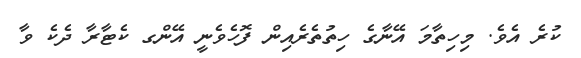
ކުރެ އެވެ. މިހިތާމަ އޭނާގެ ހިތުތެރެއިން ފޮހެވެނީ އޭންގ ކެޓާރާ ދެކެ ވާ